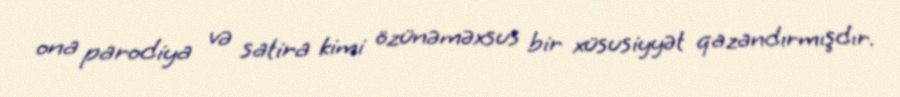
ona parodiya və satira kimi özünəməxsus bir xüsusiyyət qazandırmışdır.